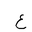
Letter: _ayn